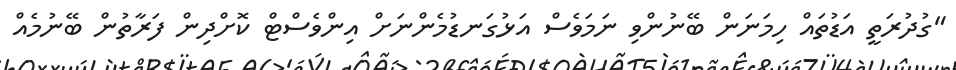
"ގުދުރަތީ އަޑުތައް ހިމަނަން ބޭނުންވި ނަމަވެސް އަޅުގަނޑުމެންނަށް އިންވެސްޓް ކޮށްދިން ފަރާތުން ބޭނުމެއް